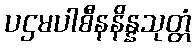
ပဌမပါစီနနိန္နသုတ္တံ